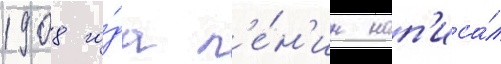
1908 го́да л'е́н'ин нап'иса́л